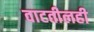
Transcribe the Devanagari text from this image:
वाटतीलही